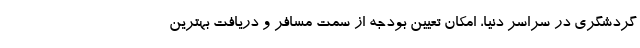
گردشگری در سراسر دنیا، امکان تعیین بودجه از سمت مسافر و دریافت بهترین